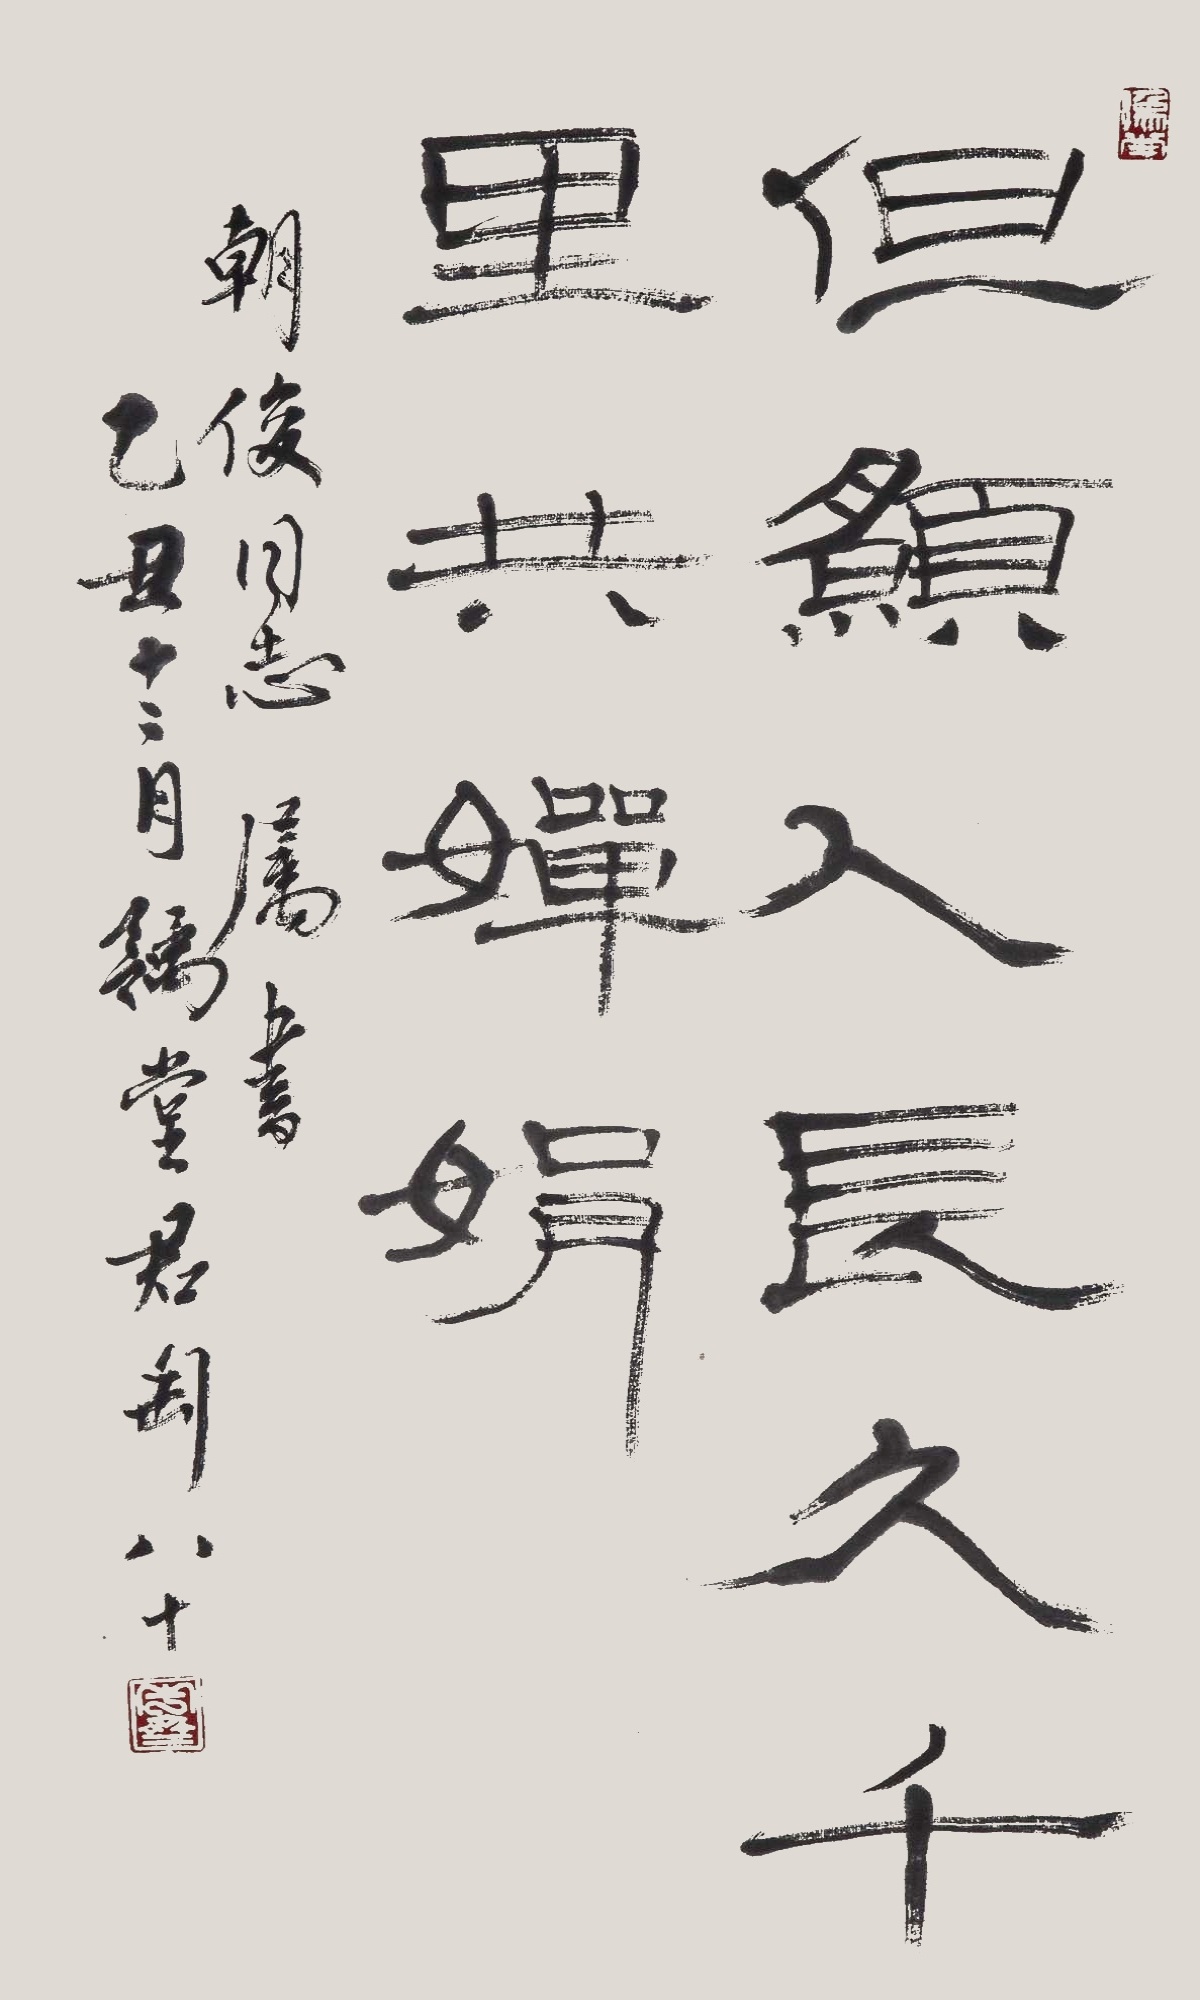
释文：但愿人长久，千里共婵娟。朝俊同志属书，乙丑十二月，豫堂君匋八十。